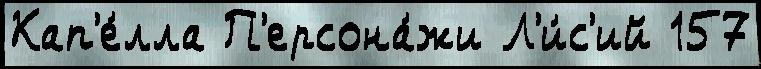
Кап'е́лла П'ерсона́жи Л'и́с'ий 157